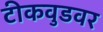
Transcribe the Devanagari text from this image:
टीकवुडवर